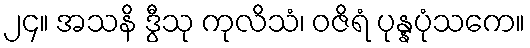
၂၄။ အသနိ ဒွီသု ကုလိသံ၊ ဝဇိရံ ပုန္နပုံသကေ။